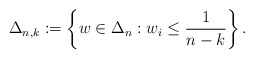
\begin{align*} \Delta_{n,k}:=\left\{w\in\Delta_n:w_i\le \frac{1}{n-k}\right\}.\end{align*}